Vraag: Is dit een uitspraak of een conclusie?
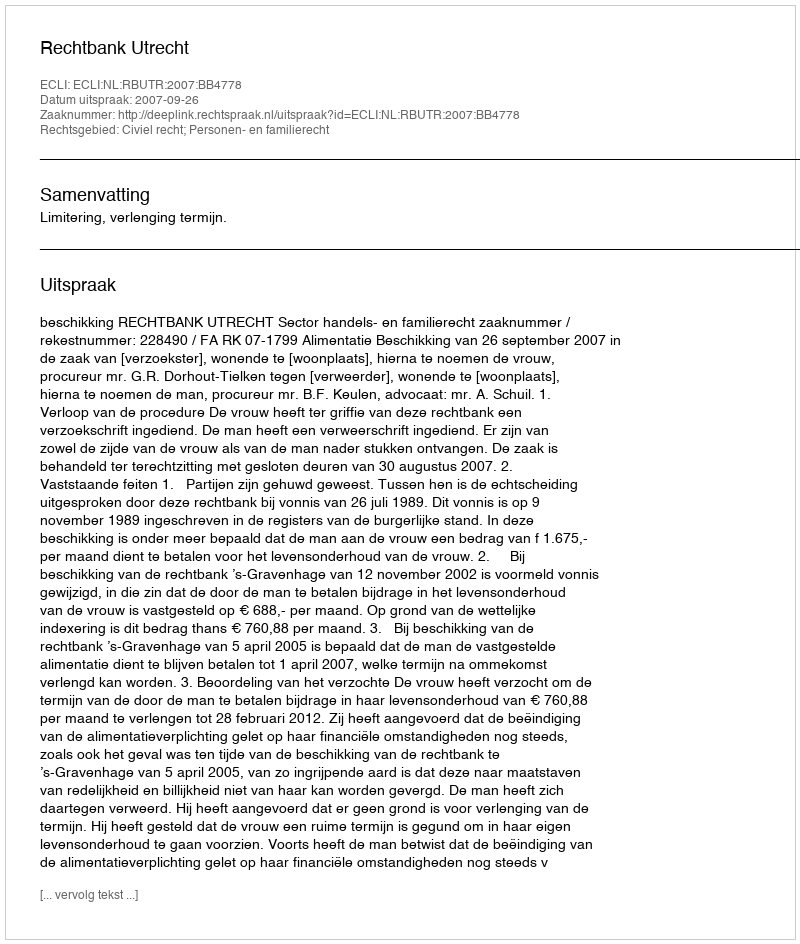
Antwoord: Uitspraak